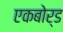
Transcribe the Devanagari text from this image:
एकबोर्ड